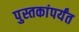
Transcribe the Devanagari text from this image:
पुस्तकांपर्यंत